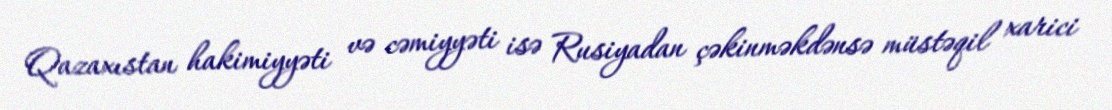
Qazaxıstan hakimiyyəti və cəmiyyəti isə Rusiyadan çəkinməkdənsə müstəqil xarici